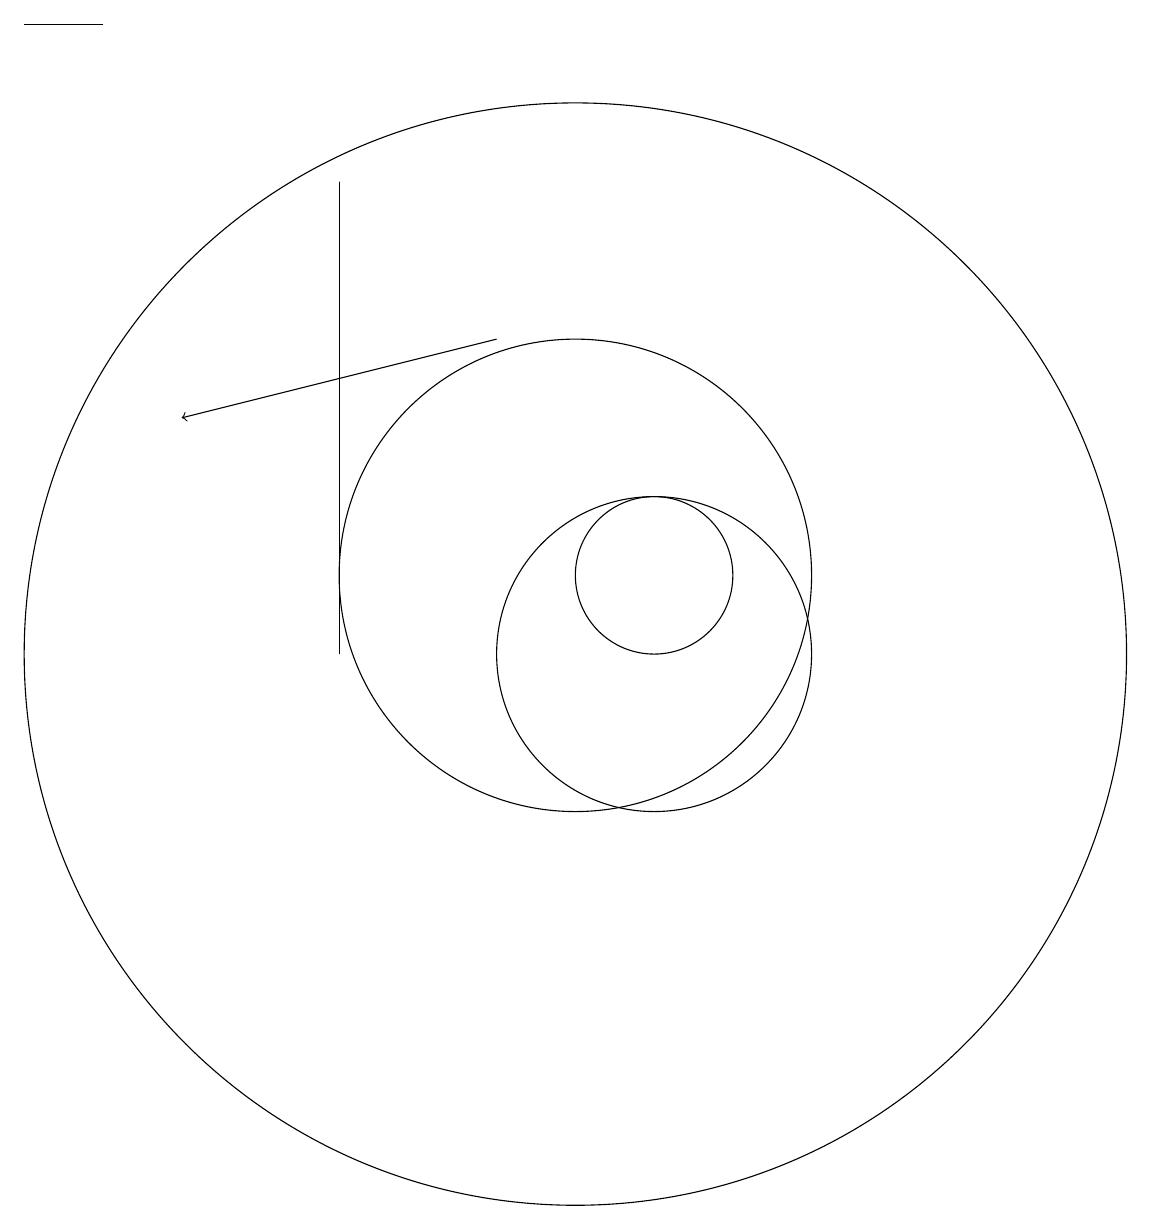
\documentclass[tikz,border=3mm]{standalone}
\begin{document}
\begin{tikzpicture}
\draw[->] (9,14) -- (5,13);
\draw (11,11) circle (1);
\draw (10,10) circle (7);
\draw (11,10) circle (2);
\draw (10,11) circle (3);
\draw (3,18) rectangle (4,18);
\draw (7,16) rectangle (7,10);
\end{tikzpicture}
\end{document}